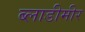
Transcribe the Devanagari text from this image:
ब्लाडीमीर